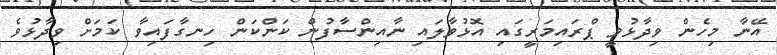
އޭނާ މިހެން ވިދާޅުވީ ޕްރައިމަރީގައި އޮޅުވާލައި ނާއިންސާފުން ކަންކަން ހިނގާފައިވާ ކަމަށް ވިދާޅުވެ